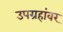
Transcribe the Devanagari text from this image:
उपग्रहांवर